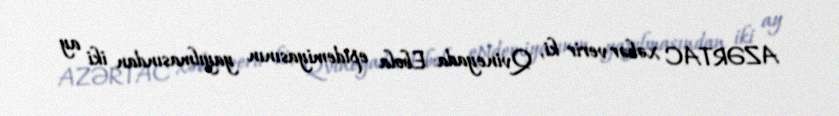
AZƏRTAC xəbər verir ki, Qvineyada Ebola epidemiyasının yayılmasından iki ay